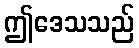
ဤဒေသသည်